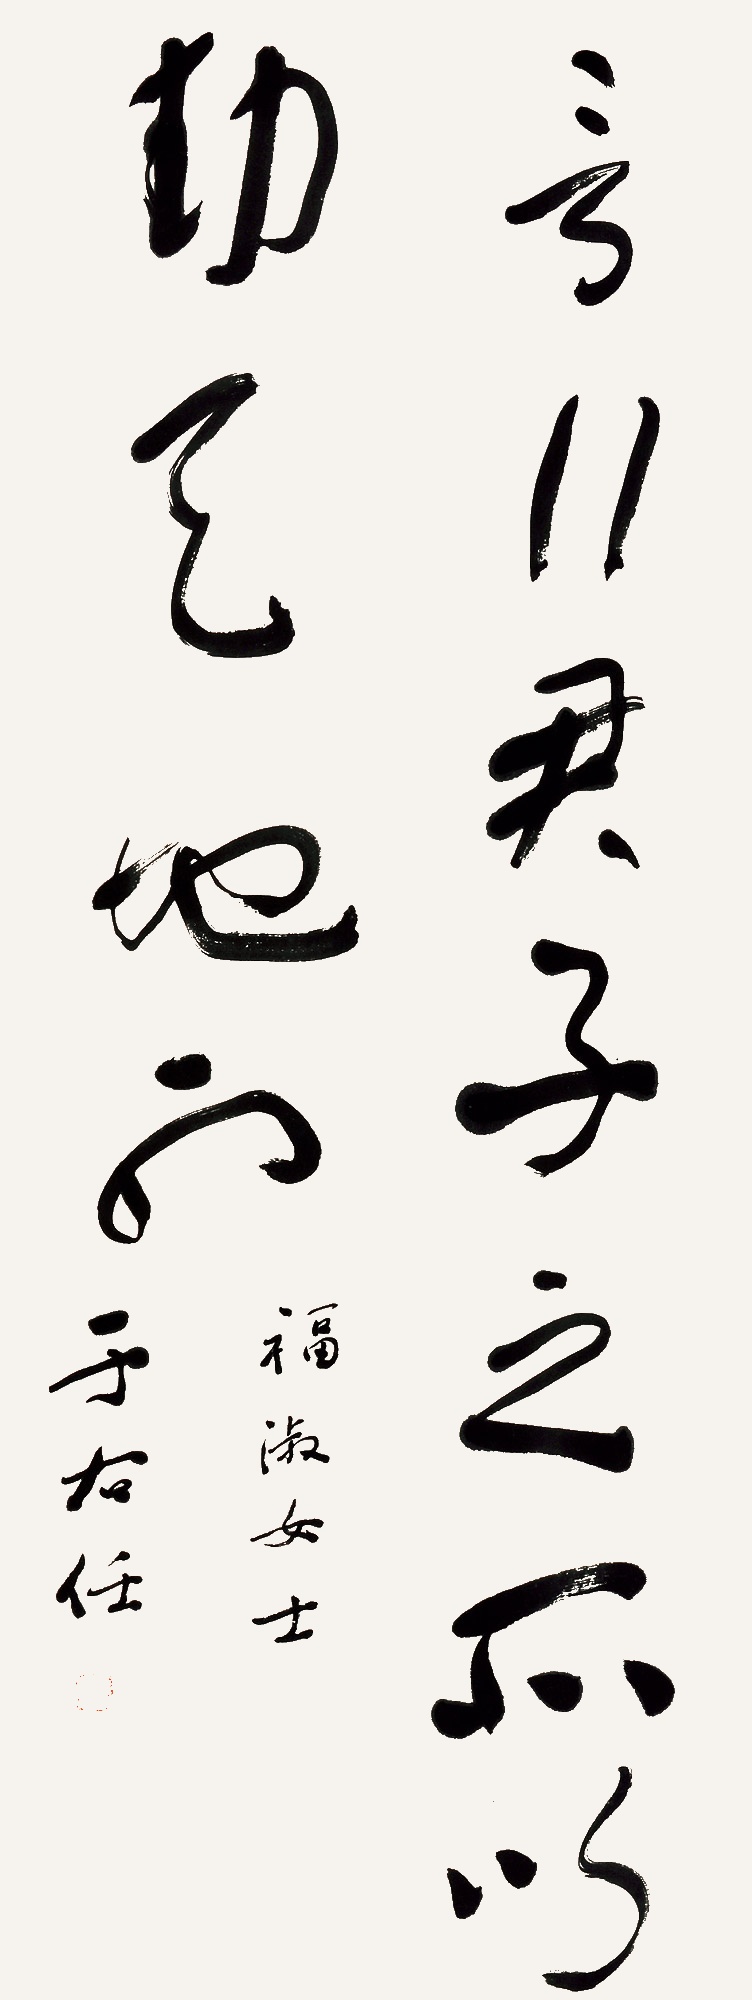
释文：言行，君子之所以动天地也。福淑女士，于右任。